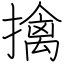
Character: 擒